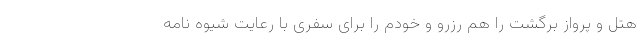
هتل و پرواز برگشت را هم رزرو و خودم را برای سفری با رعایت شیوه نامه